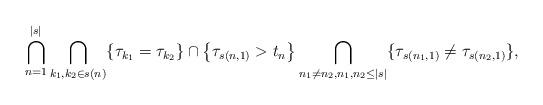
LaTeX: \begin{align*}\bigcap_{n=1}^{|s|} \bigcap_{k_1,k_2 \in s(n) } \{ \tau_{k_1} = \tau_{k_2} \} \cap \left \{ \tau_{s(n,1)} > t_{n}\right\} \bigcap_{ n_1 \neq n_2 , n_1,n_2 \le |s| } \{ \tau_{s(n_1,1)} \neq \tau_{s(n_2,1)} \},\end{align*}